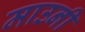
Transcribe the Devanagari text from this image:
माउनी